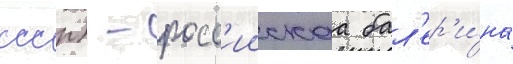
ссср) - росс'иискаа бал'ер'и́на